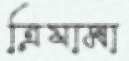
ত্রিযামা